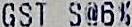
GST S@6%